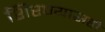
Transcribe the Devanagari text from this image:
शिरण्यासही